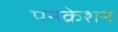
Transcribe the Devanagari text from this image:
पनक्रेशन